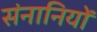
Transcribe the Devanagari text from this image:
संनानियों